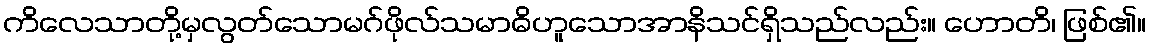
ကိလေသာတို့မှလွတ်သောမဂ်ဖိုလ်သမာဓိဟူသောအာနိသင်ရှိသည်လည်း။ ဟောတိ၊ ဖြစ်၏။